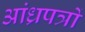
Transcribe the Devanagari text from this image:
आंध्रपत्रों